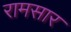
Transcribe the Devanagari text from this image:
रामसार